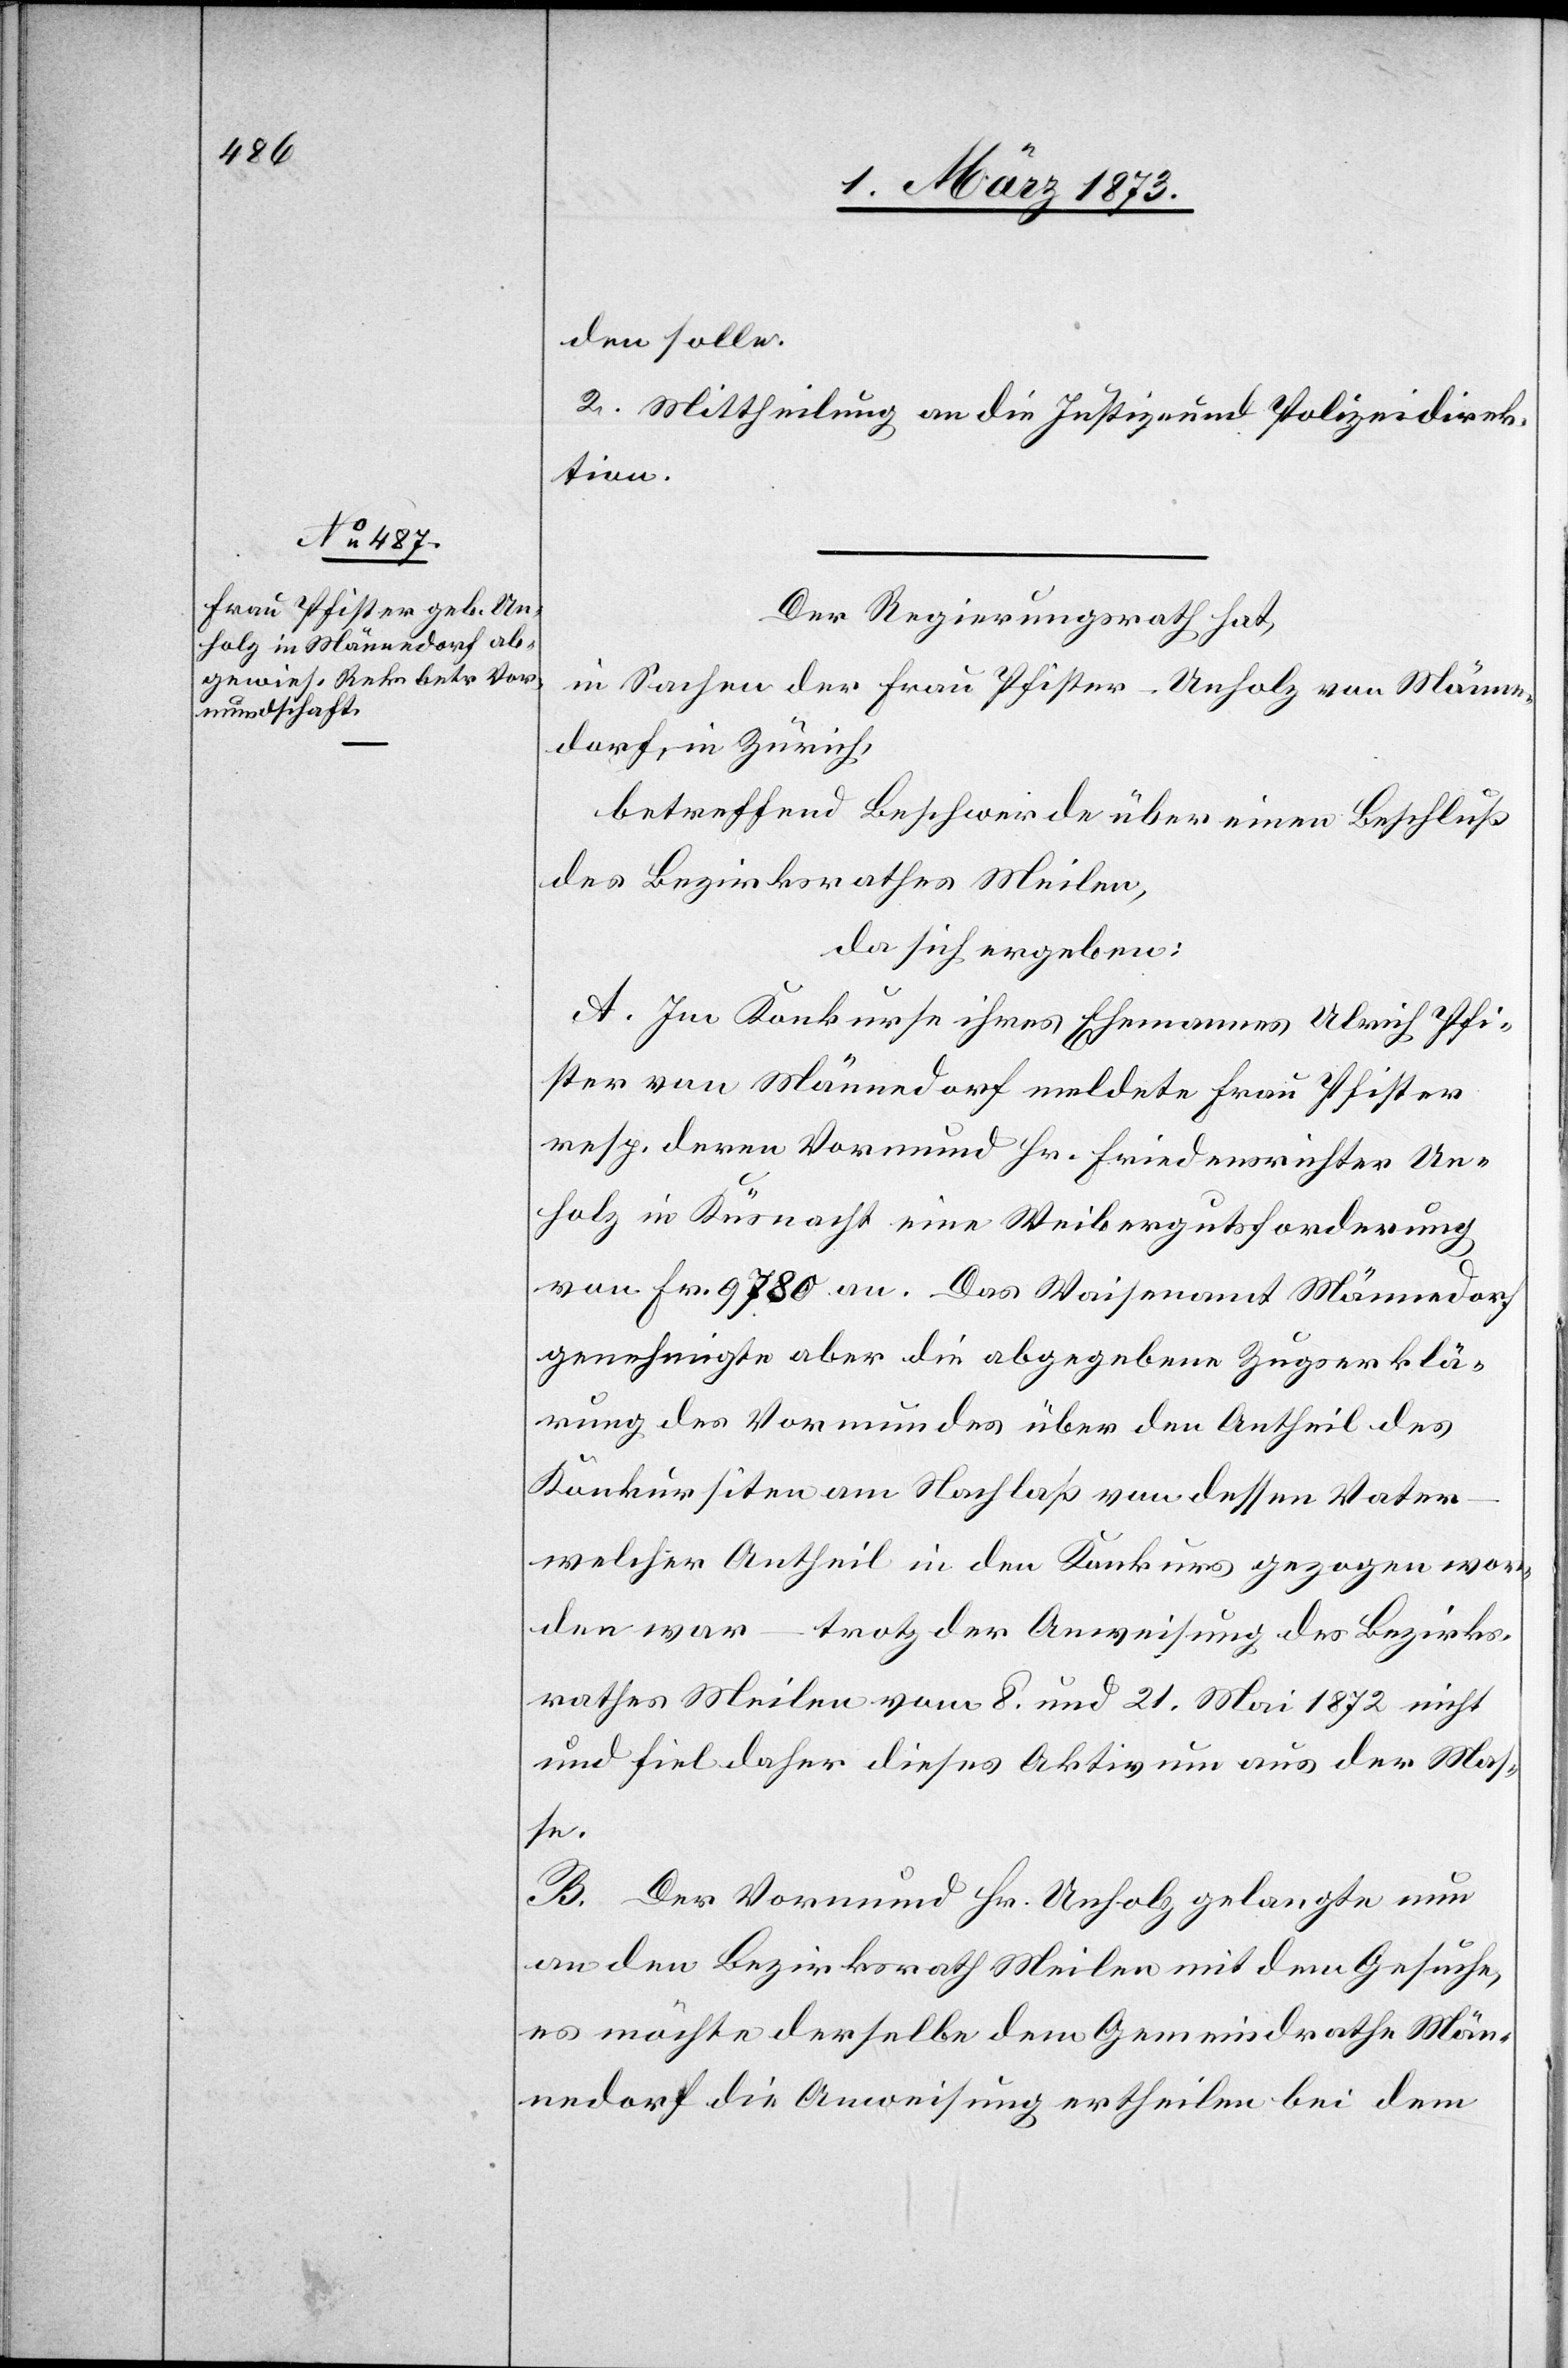
den solle.
2. Mittheilung an die Justiz- und Polizeidirek¬
tion.
Der Regierungsrath hat,
in Sachen der Frau Pfister-Unholz von Männe¬
dorf in Zürich,
betreffend Beschwerde über einen Beschluß
des Bezirksrathes Meilen,
da sich ergeben:
A. Im Konkurse ihres Ehemannes Ulrich Pfi¬
ster von Männedorf meldete Frau Pfister
resp. deren Vormund Hr. Friedensrichter Un¬
holz in Küsnacht eine Weibergutsforderung
von Fr. 9780 an. Das Waisenamt Männedorf
genehmigte aber die abgegebene Zugserklä¬
rung des Vormundes über den Antheil des
Konkursiten am Nachlaß von dessen Vater
welcher Antheil in den Konkurs gezogen wor¬
den war – trotz der Anweisung des Bezirks¬
rathes Meilen vom 8. und 21. Mai 1872 nicht
und fiel daher dieses Aktivum aus der Mas¬
se.
B. Der Vormund Hr. Unholz gelangte nun
an den Bezirksrath Meilen mit dem Gesuche,
es möchte derselbe dem Gemeindrathe Män¬
nedorf die Anweisung ertheilen bei dem